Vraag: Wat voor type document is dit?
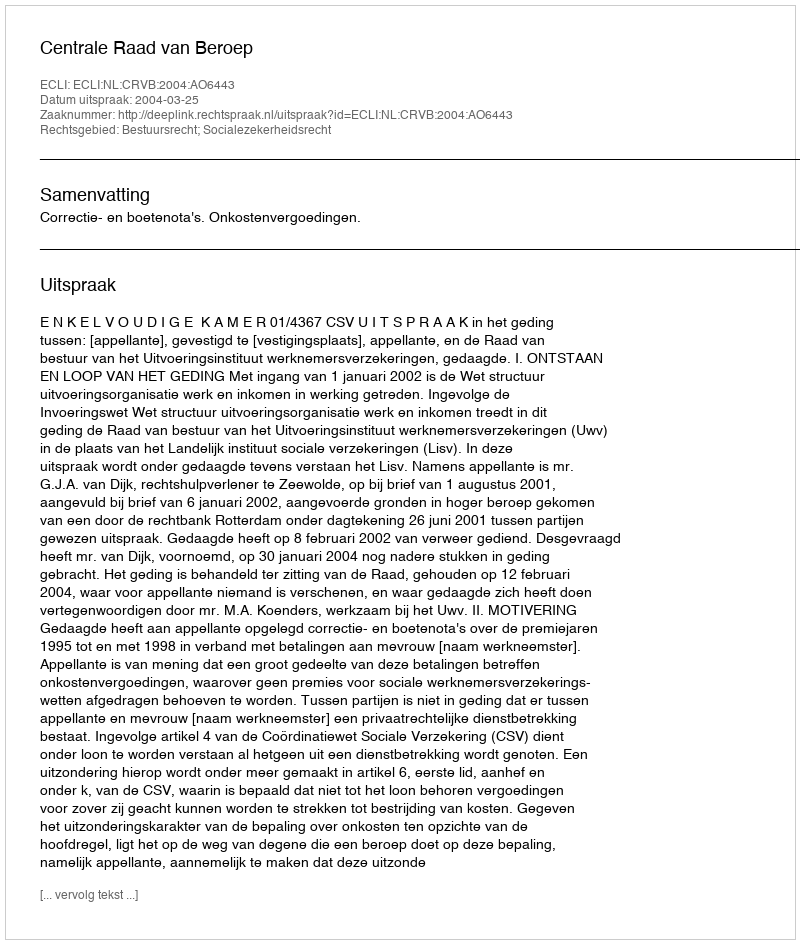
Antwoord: Uitspraak